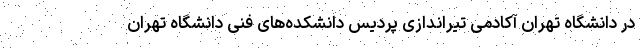
در دانشگاه تهران آکادمی تیراندازی پردیس دانشکده‌های فنی دانشگاه تهران